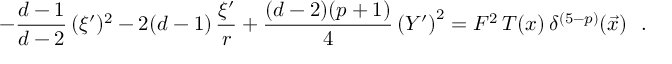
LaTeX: - \frac { d - 1 } { d - 2 } \, ( \xi ^ { \prime } ) ^ { 2 } - 2 ( d - 1 ) \, \frac { \xi ^ { \prime } } { r } + \frac { ( d - 2 ) ( p + 1 ) } { 4 } \left( Y ^ { \prime } \right) ^ { 2 } = F ^ { 2 } \, T ( x ) \, \delta ^ { ( 5 - p ) } ( \vec { x } ) ~ ~ .